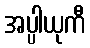
အပ္ပါယုကီ